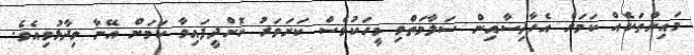
މައިންތަކެއް ކަމަށް އެހާދިސާއިން ސަލާމަތްވި މީހަކުވެސް ކަށަވަރު ކޮށްދީފައިވާ ކަމަށް އޭނާ ވިދާޅުވިއެވެ.